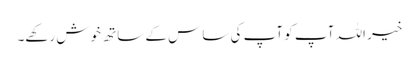
خیر اللہ آپ کو آپ کی ساس کے ساتھ خوش رکھے۔